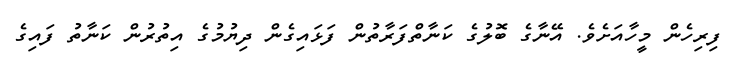
ފިރިހެން މީހާއަށެވެ. އޭނާގެ ބޮލުގެ ކަނާތްފަރާތުން ފަޅައިގެން ދިޔުމުގެ އިތުރުން ކަނާތު ފައިގެ